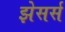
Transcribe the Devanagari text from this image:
झेसर्स